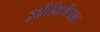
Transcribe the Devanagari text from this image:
इंटीस्र्टिशियल